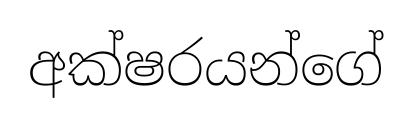
අක්ෂරයන්ගේ